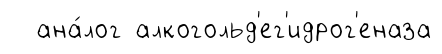
ана́лог алкогольд'ег'идрог'еназа